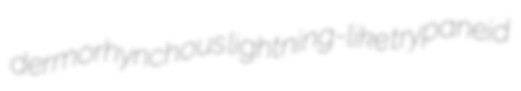
dermorhynchous lightning-like trypaneid